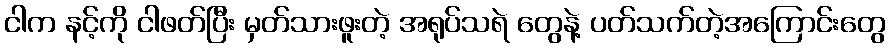
ငါက နင့်ကို ငါဖတ်ပြီး မှတ်သားဖူးတဲ့ အရုပ်သရဲ တွေနဲ့ ပတ်သက်တဲ့အကြောင်းတွေ